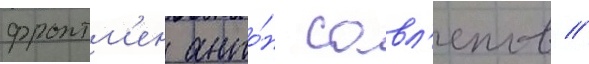
фронтм'ен анто́н савл'епов //